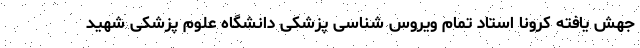
جهش یافته کرونا استاد تمام ویروس شناسی پزشکی دانشگاه علوم پزشکی شهید